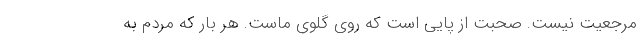
مرجعیت نیست. صحبت از پایی است که روی گلوی ماست. هر بار که مردم به